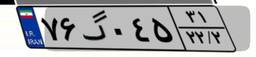
۹۴گ۲۵۶۰۶